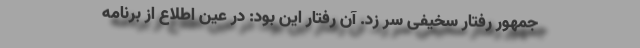
جمهور رفتار سخیفی سر زد. آن رفتار این بود: در عین اطلاع از برنامه